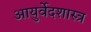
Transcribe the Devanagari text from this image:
आयुर्वेदशास्त्र